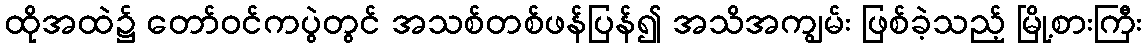
ထိုအထဲ၌ တော်ဝင်ကပွဲတွင် အသစ်တစ်ဖန်ပြန်၍ အသိအကျွမ်း ဖြစ်ခဲ့သည့် မြို့စားကြီး